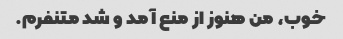
خوب، من هنوز از منع آمد و شد متنفرم.